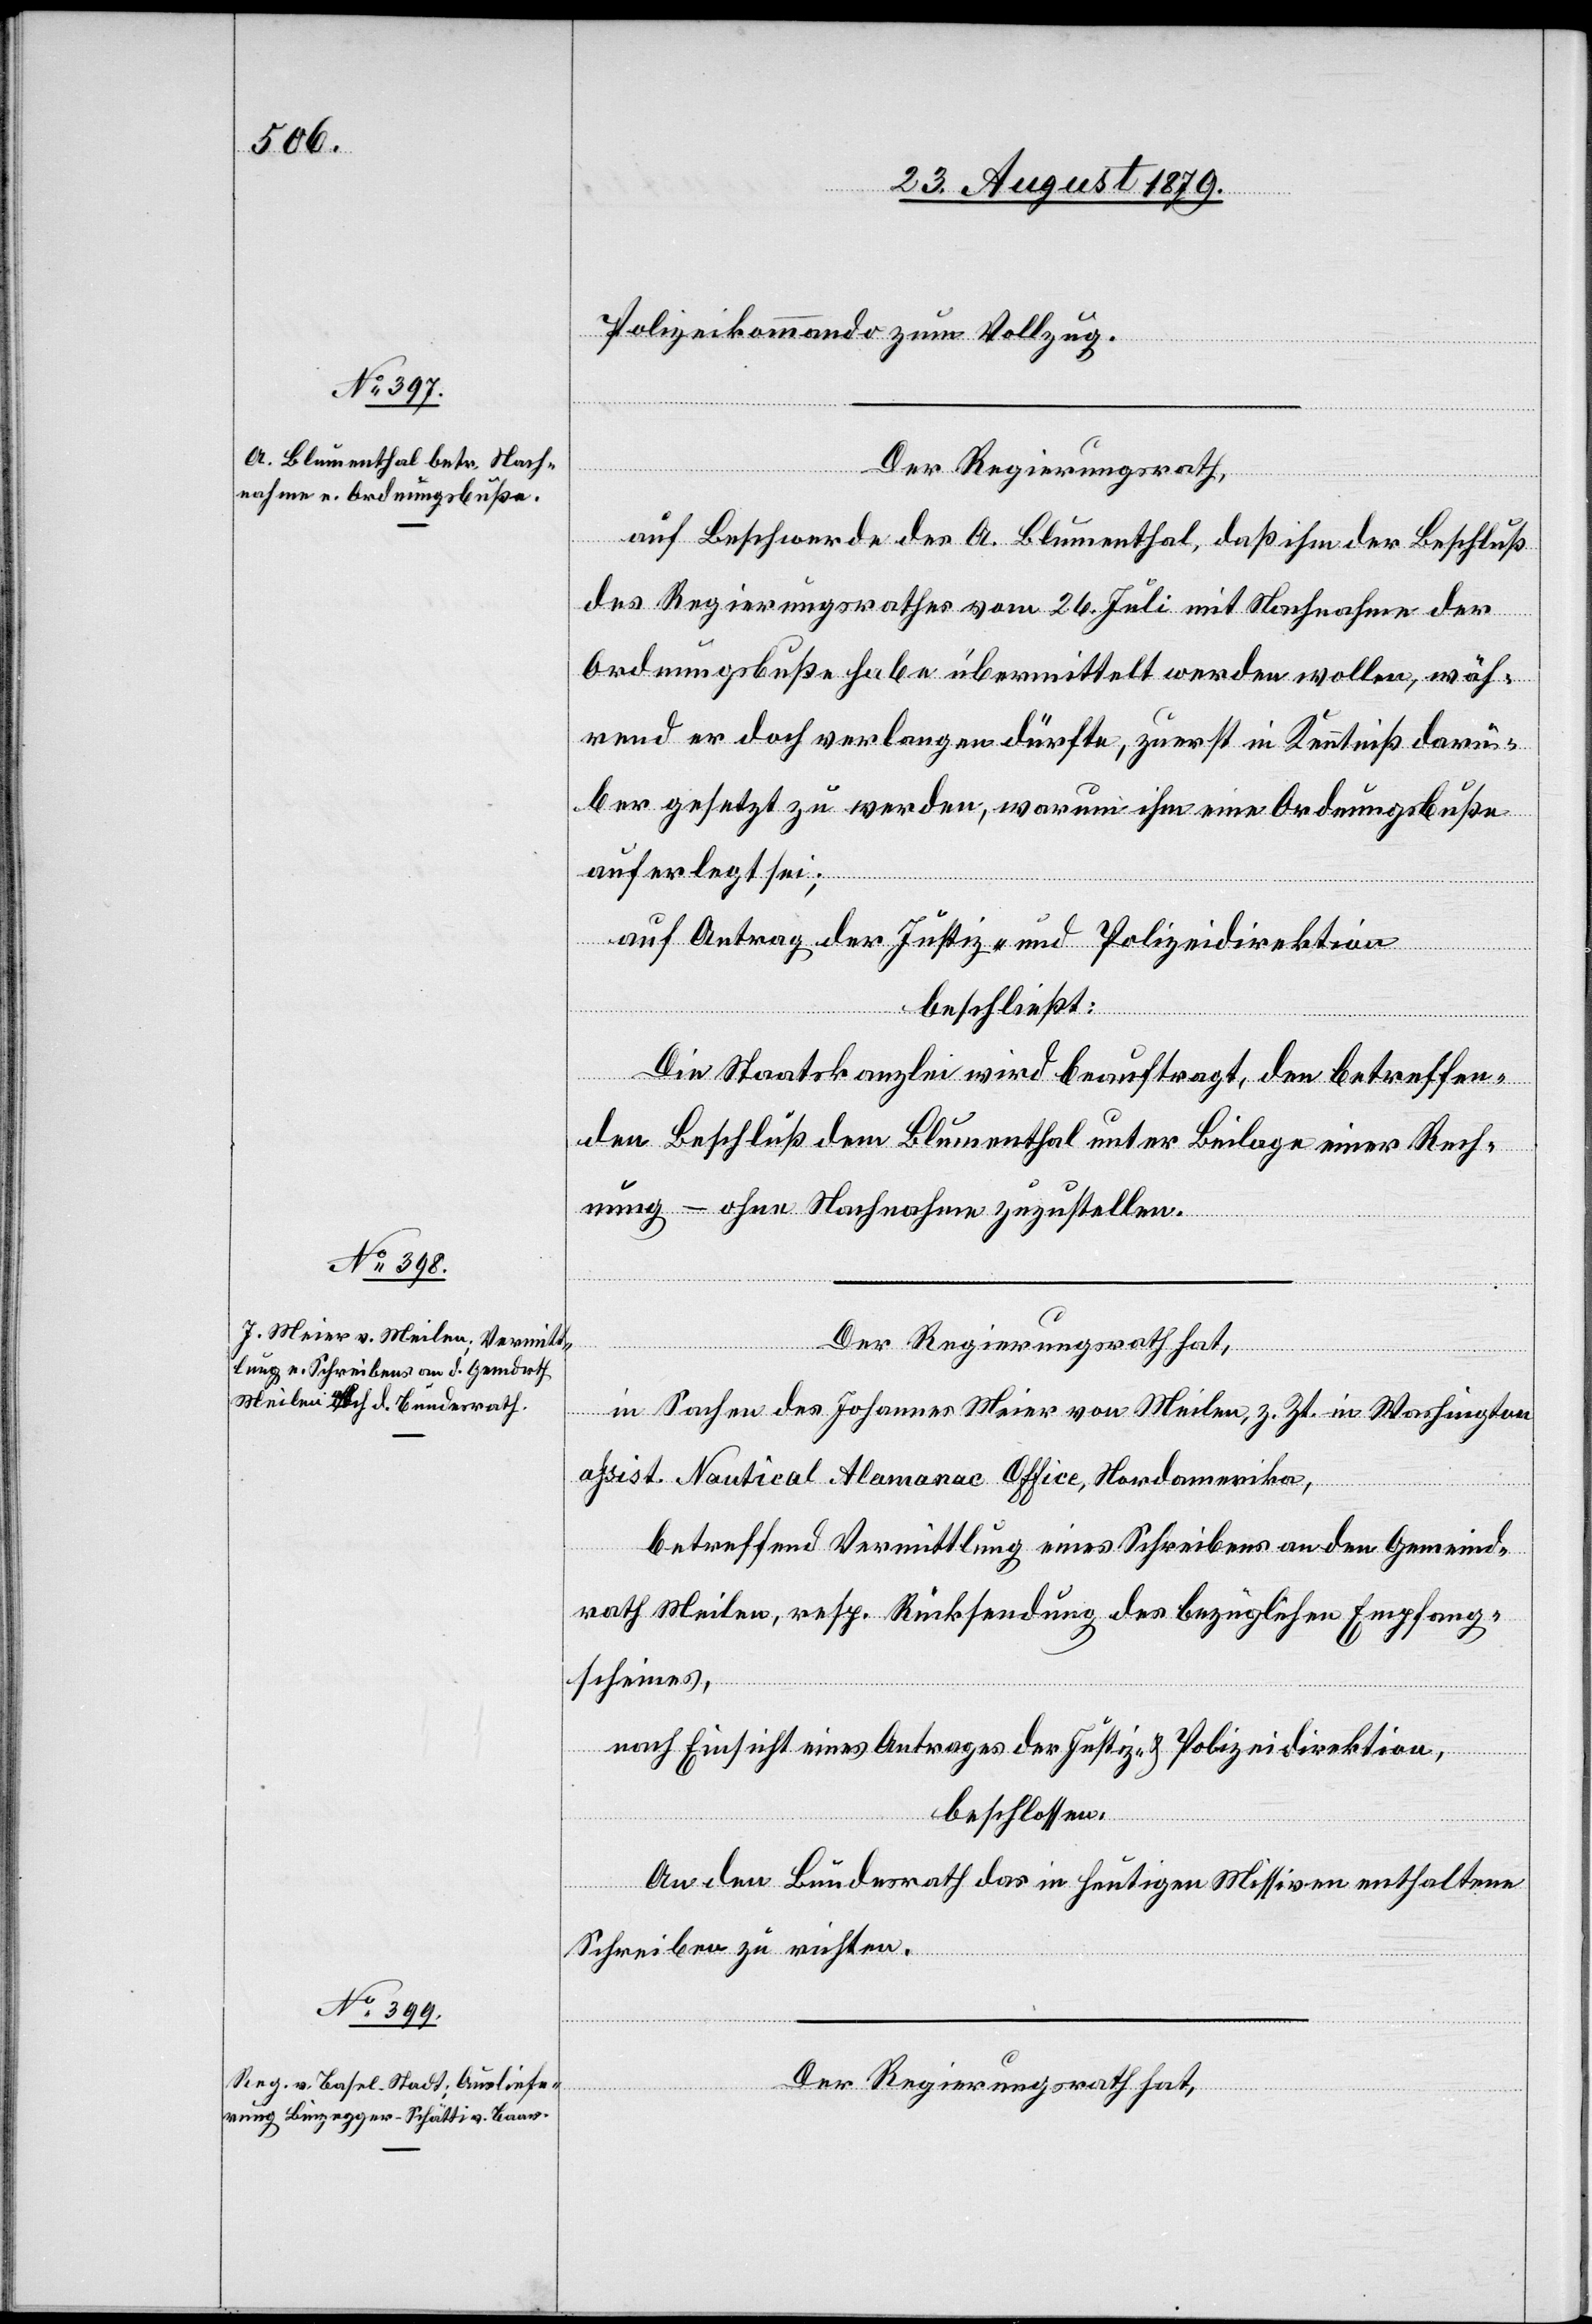
Polizeikommando zum Vollzug.
Der Regierungsrath,
auf Beschwerde des A. Blumenthal, daß ihm der Beschluß
des Regierungsrathes vom 26. Juli mit Nachnahme der
Ordnungsbuße habe übermittelt werden wollen, wäh¬
rend er doch verlangen dürfte, zuerst in Kenntniß darü¬
ber gesetzt zu werden, warum ihm eine Ordnungsbuße
auferlegt sei;
auf Antrag der Justiz- und Polizeidirektion
beschließt;
Die Staatskanzlei wird beauftragt, den betreffen¬
den Beschluß dem Blumenthal unter Beilage einer Rech¬
nung – ohne Nachnahme zuzustellen.
Der Regierungsrath hat,
in Sachen des Johannes Meier von Meilen, z. Zt. in Washington
assist. Nautical Alamanac Office, Nordamerika,
betreffend Vermittlung eines Schreibens an den Gemeind¬
rath Meilen, resp. Rücksendung des bezüglichen Empfang¬
scheines,
nach Einsicht eines Antrages der Justiz- & Polizeidirektion,
beschlossen:
An den Bundesrath das in heutigen Missiven enthaltene
Schreiben zu richten.
Der Regierungsrath hat,